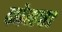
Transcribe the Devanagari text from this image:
कोमचा